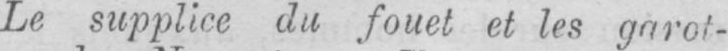
Le supplice du fouet et les garot-